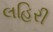
લહિરી